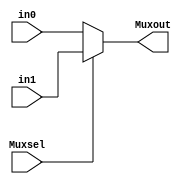
`timescale 10ns/1ns

module mux(Muxsel,in0,in1,Muxout);
input [4:0] in0, in1;
input Muxsel;
output reg [4:0] Muxout;
//always @(*)
always @(Muxsel,in0,in1)
/*begin
case(Muxsel)
0:Muxout <= in0;
1:Muxout <= in1;
endcase
*/
//always
begin
 Muxout = Muxsel? in1 : in0;
end
endmodule